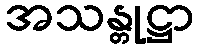
အသန္တုဋ္ဌာ